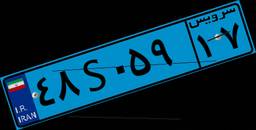
۴۸S۰۵۹۱۷